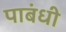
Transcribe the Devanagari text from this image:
पाबंधी